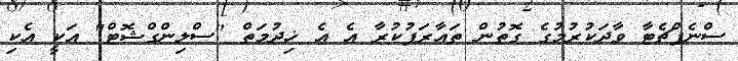
ސްނެޕްޗެޓާ ވާދަކުރުމުގެ ގޮތުން ތައާރަފުކުރާ އެ އެ ޚިދުމަތް "ސްލިންގްޝޮޓް" އަކީ އެކި